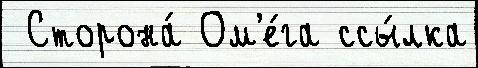
 Сторона́ Ом'е́га ссы́лка